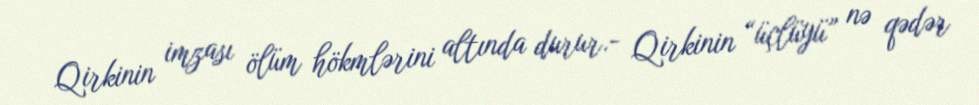
Qirkinin imzası ölüm hökmlərini altında durur.- Qirkinin “üçlüyü” nə qədər